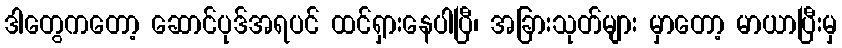
ဒါတွေကတော့ ဆောင်ပုဒ်အရပင် ထင်ရှားနေပါပြီ၊ အခြားသုတ်များ မှာတော့ မာယာပြီးမှ